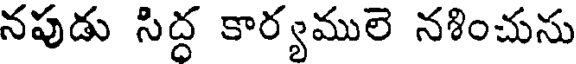
నపుడు సిద్ద కార్యములె నశించును